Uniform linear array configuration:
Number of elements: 32
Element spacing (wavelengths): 1
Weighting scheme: binomial
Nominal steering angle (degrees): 0
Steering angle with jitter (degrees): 1.735
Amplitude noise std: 0.05
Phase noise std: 0.05

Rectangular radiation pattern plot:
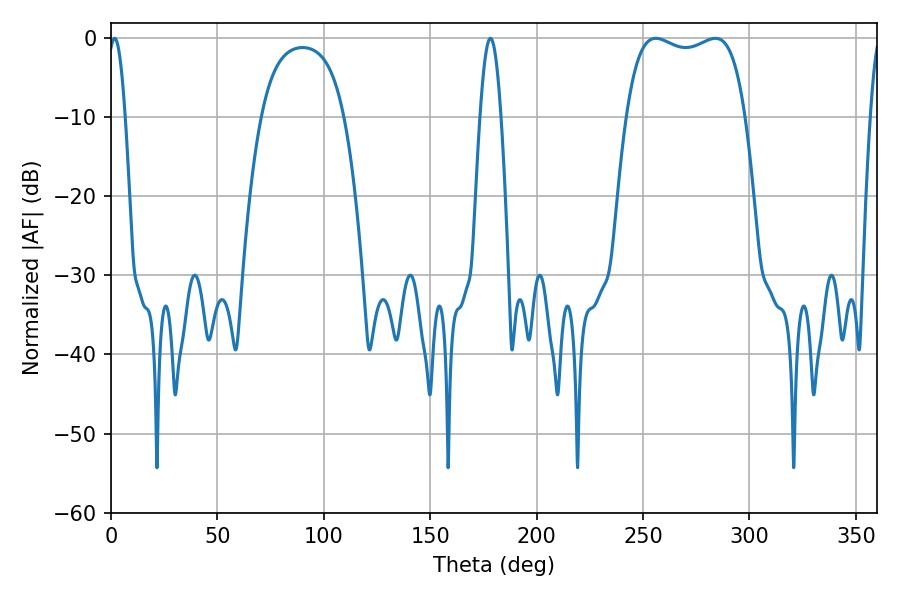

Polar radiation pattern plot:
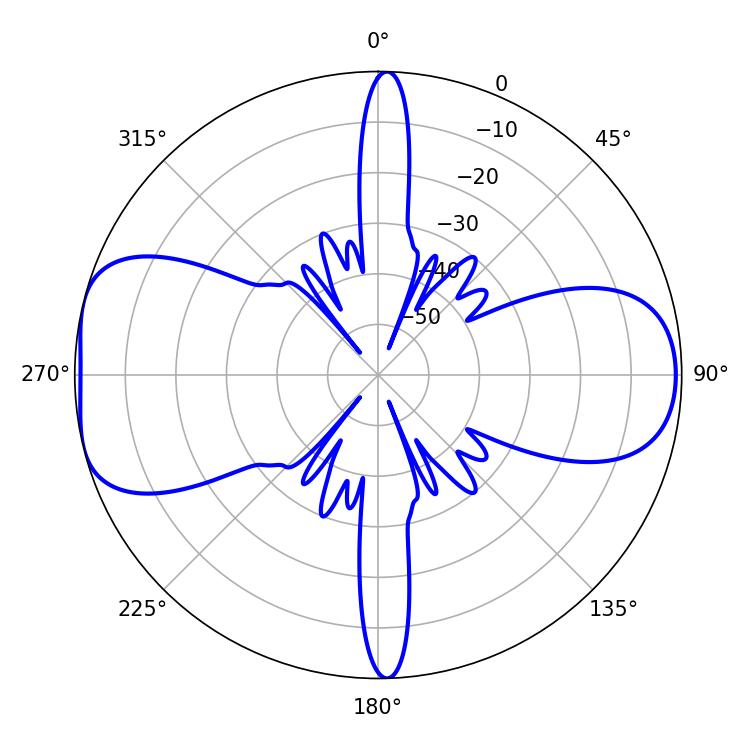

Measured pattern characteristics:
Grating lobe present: TRUE
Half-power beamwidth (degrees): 45.36
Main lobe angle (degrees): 255.96